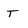
Character: T